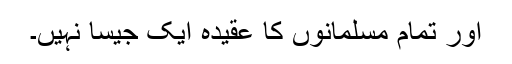
اور تمام مسلمانوں کا عقیدہ ایک جیسا نہیں‌۔